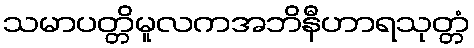
သမာပတ္တိမူလကအဘိနီဟာရသုတ္တံ